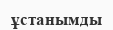
ұстанымды